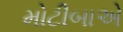
મોટીબાએ